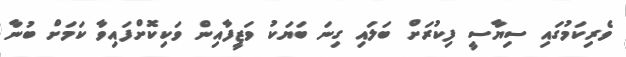
ވެރިކަމުގައި ސިޔާސީ ފިކުރަށް ބަލައި ގިނަ ބަޔަކު ވަޒީފާއިން ވަކިކޮށްފައިވާ ކަމަށް ބުނާ